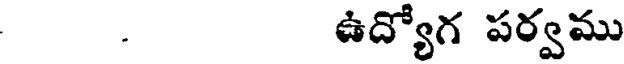
ఉద్యోగ పర్వము